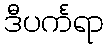
ဒီပင်္ကရာ